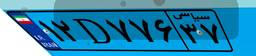
۱۲D۷۷۶۳۷